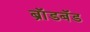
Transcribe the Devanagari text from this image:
ब्राॅडबॅड